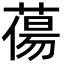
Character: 𮐲